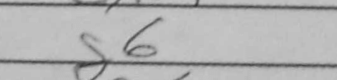
Transcription: g6